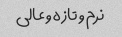
نرم و تازه و عالی